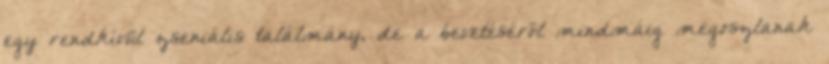
egy rendkívül zseniális találmány, de a bevetéséről mindmáig megoszlanak